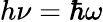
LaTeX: h\nu=\hbar\omega